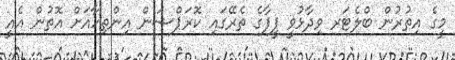
މީގެ އިތުރުން ބްލެޓަރ ވިދާޅުވީ ފީފާގެ ތެރޭގައި ކޮރަޕްޝަން އިންތިހާއަށް އޮތުން އެއީ